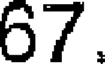
67.